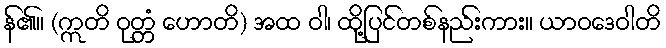
န်၏။ (ဣတိ ဝုတ္တံ ဟောတိ) အထ ဝါ၊ ထို့ပြင်တစ်နည်းကား။ ယာဝဒေဝါတိ